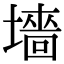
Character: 墻